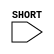
module sky130_fd_sc_hd__lpflow_bleeder_1 (
    SHORT
);

    input SHORT;

specify
(SHORT => VPWR) = (0:0:0,0:0:0,0:0:0,0:0:0,0:0:0,0:0:0);
endspecify
endmodule